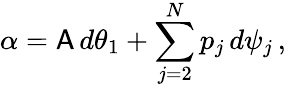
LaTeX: \alpha=\mathsf{A}\, d\theta_{1}+\sum_{j=2}^{N}p_{j}\, d\psi_{j}\, ,